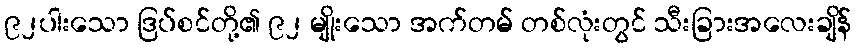
၉၂ပါးသော ဒြပ်စင်တို့၏ ၉၂ မျိုးသော အက်တမ် တစ်လုံးတွင် သီးခြားအလေးချိန်